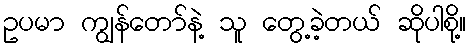
ဥပမာ ကျွန်တော်နဲ့ သူ တွေ့ခဲ့တယ် ဆိုပါစို့။